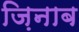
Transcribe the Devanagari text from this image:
ज़िनाब